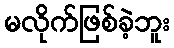
မလိုက်ဖြစ်ခဲ့ဘူး